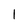
Character: 1